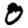
Digit: 0